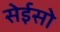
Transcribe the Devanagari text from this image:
सेईसो